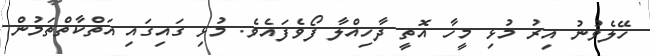
ހޭލެވުނު އިރު މުޅި މީހާ އޮތީ ދާހިއްލާ ފޯވެފައެވެ. މުޅި ގައިގައި އަތްކާތްތަމުން